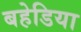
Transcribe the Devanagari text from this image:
बहेडिया